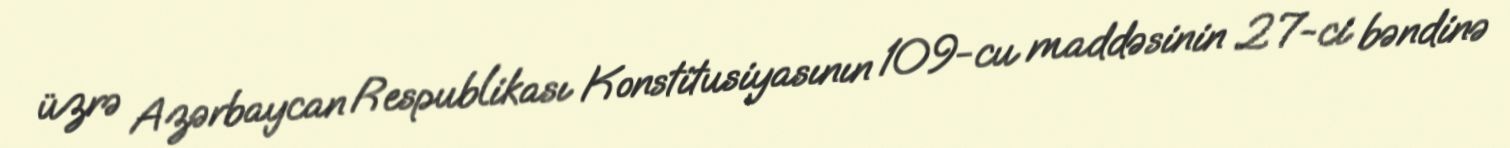
üzrə Azərbaycan Respublikası Konstitusiyasının 109-cu maddəsinin 27-ci bəndinə